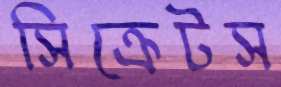
সিক্রেটস